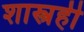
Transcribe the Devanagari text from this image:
शास्त्रही